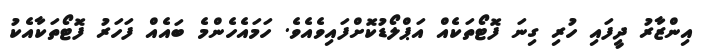
އިންޒާރު ދީފައި ހުރި ގިނަ ފޮޓޯތަކެއް އަޕްލޯޑުކޮށްފައިވެއެވެ. ހަމައެހެންމެ ބައެއް ފަހަރު ފޮޓޯތަކާއެކު